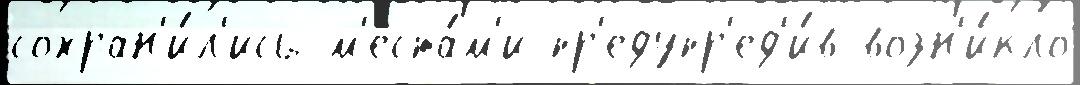
сохран'и́л'ись м'еста́м'и пр'едупр'ед'и́в возн'и́кло